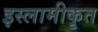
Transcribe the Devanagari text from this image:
इस्लामीकृत